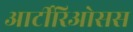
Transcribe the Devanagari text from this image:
आर्टीरिओसस